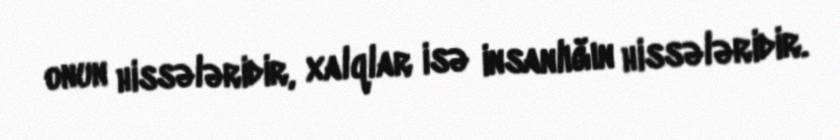
onun hissələridir, xalqlar isə insanlığın hissələridir.